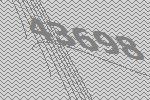
43698